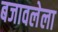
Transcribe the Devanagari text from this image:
बजावलेला